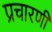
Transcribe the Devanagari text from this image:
प्रचारणी